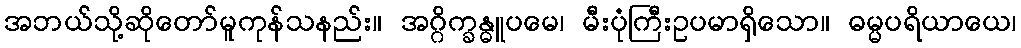
အဘယ်သို့ဆိုတော်မူကုန်သနည်း။ အဂ္ဂိက္ခန္ဓူပမေ၊ မီးပုံကြီးဥပမာရှိသော။ ဓမ္မပရိယာယေ၊